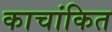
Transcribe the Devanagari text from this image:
काचांकित